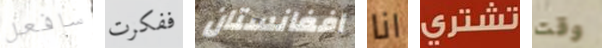
سافعل ففكرت افغانستان انا تشتري وقت